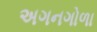
અગનગોળા